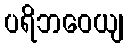
ပရိဘဝေယျ